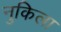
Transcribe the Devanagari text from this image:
नुकिला